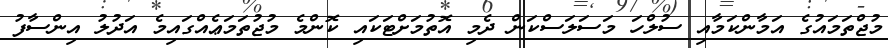
މުޖްތަމައުގެ އަމާންކަމާއި ސުލްހަ މަސަލަސްކަން ދެމި އޮތުމަށްޓަކައި ކޮންމެ މުޖުތަމަޢެއްގައިމެ އަދުލު އިންސާފު